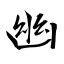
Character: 幽